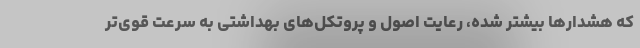
که هشدارها بیشتر شده، رعایت اصول و پروتکل‌های بهداشتی به سرعت قوی‌تر